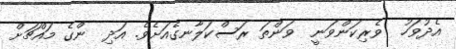
އެދުވަހު  ވެރިކަންވަނީ  ވަންތަ ރަސްކަލާނގެއަށެވެ. އަދި  ންގެ މައްޗަށް